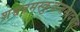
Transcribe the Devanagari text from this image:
शश्वन्नमस्कुर्वन्तमादरात्